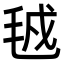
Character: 㲓